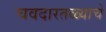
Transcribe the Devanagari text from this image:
चवदारतळ्याचे